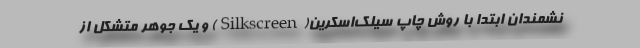
نشمندان ابتدا با روش چاپ سیلک‌اسکرین(Silkscreen) و یک جوهر متشکل از